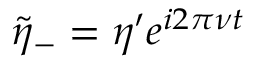
\tilde { \eta } _ { - } = \eta ^ { \prime } e ^ { i 2 \pi \nu t }